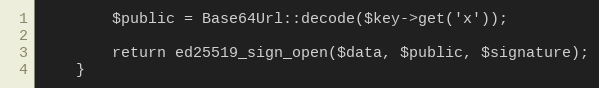
Language: PHP
        $public = Base64Url::decode($key->get('x'));

        return ed25519_sign_open($data, $public, $signature);
    }